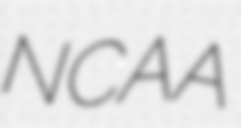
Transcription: NCAA